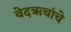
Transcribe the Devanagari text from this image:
वेदऋचांचे